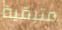
متبقية